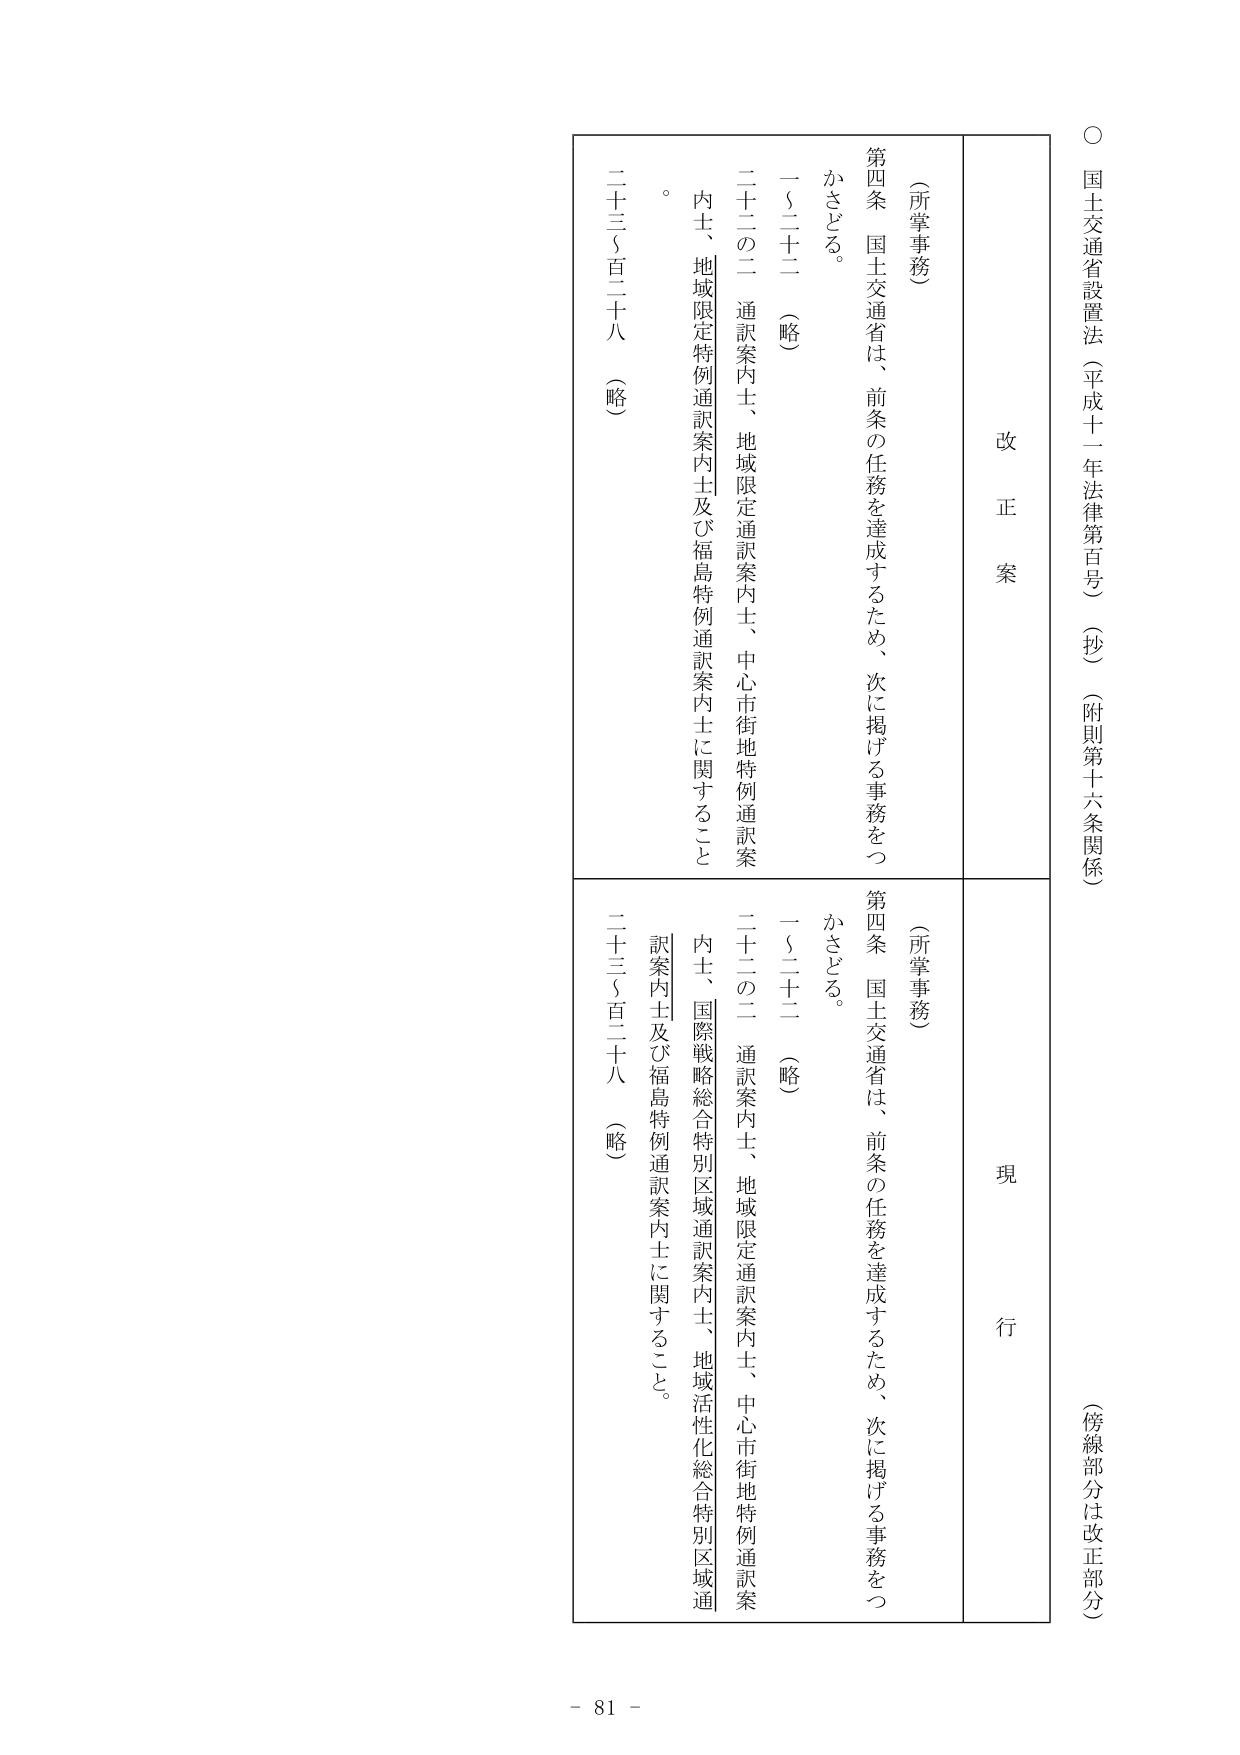
○ 国土交通省設置法（平成十一年法律第百号）（抄）（附則第十六条関係）
（傍線部分は改正部分）

改正案
（所掌事務）
第四条 国土交通省は、前条の任務を達成するため、次に掲げる事務をつかさどる。
一～二十二（略）
二十二の二 通訳案内士、地域限定通訳案内士、中心市街地特例通訳案内士、地域限定特例通訳案内士及び福島特例通訳案内士に関すること。
二十三～百二十八（略）

現行
（所掌事務）
第四条 国土交通省は、前条の任務を達成するため、次に掲げる事務をつかさどる。
一～二十二（略）
二十二の二 通訳案内士、地域限定通訳案内士、中心市街地特例通訳案内士、国際戦略総合特別区域通訳案内士、地域活性化総合特別区域通訳案内士及び福島特例通訳案内士に関すること。
二十三～百二十八（略）

- 81 -